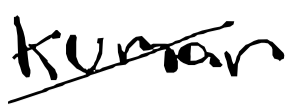
Text: Kumar
Cross-out: diagonal
Writing tool: digital_black